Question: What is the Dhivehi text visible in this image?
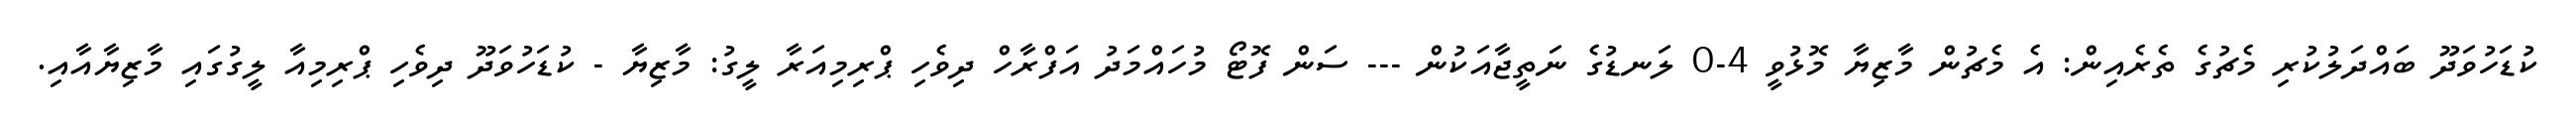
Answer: ކުޑަހުވަދޫ ބައްދަލުކުރި މެޗުގެ ތެރެއިން: އެ މެޗުން މާޒިޔާ މޮޅުވީ 4-0 ލަނޑުގެ ނަތީޖާއަކުން --- ސަން ފޮޓޯ މުހައްމަދު އަފްރާހް ދިވެހި ޕްރިމިއަރާ ލީގު: މާޒިޔާ - ކުޑަހުވަދޫ ދިވެހި ޕްރިމިއާ ލީގުގައި މާޒިޔާއާއި.